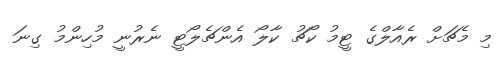
މި މެޗަށް ރެއާލްގެ ޓީމު ކޯޗު ކާލޯ އެންޗެލޯޓީ ނެރުނީ މުހިންމު ގިނަ